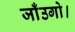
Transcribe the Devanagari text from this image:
जाँउगो।